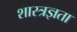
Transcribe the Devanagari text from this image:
शास्त्रज्ञता